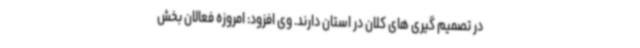
در تصمیم گیری های کلان در استان دارند. وی افزود: امروزه فعالان بخش